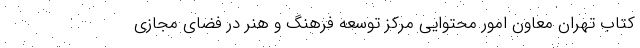
کتاب تهران معاون امور محتوایی مرکز توسعه فرهنگ و هنر در فضای مجازی